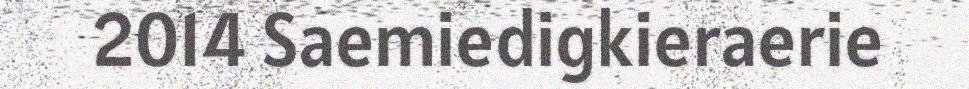
2014 Saemiedigkieraerie